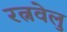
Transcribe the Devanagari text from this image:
रत्नवेलु